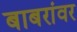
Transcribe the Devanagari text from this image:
बाबरांवर